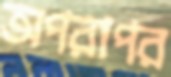
অপরাপর